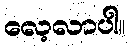
လေ့လာပါ။